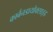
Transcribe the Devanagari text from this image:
कार्बनडायोक्साइड